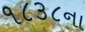
૧૮૩૮ના